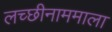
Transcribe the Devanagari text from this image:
लच्छीनाममाला